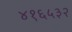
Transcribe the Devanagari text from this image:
४१६५३२